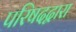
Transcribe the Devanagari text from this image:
परिषदद्वारा